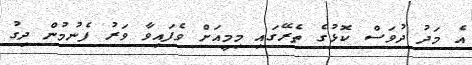
އެ މަދު ދުވަސް ކޮޅުގެ ތެރޭގައި މިމީއަށް ވެފައިވާ ވަރު ފެނުމުން ދިގު